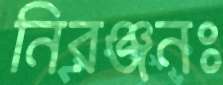
নিরঞ্জনঃ